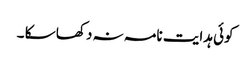
کوئی ہدایت نامہ نہ دکھا سکا ۔